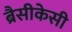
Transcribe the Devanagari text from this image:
ब्रैसीकेसी